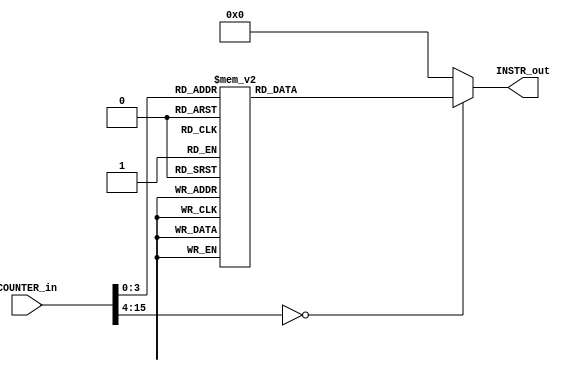
module Computer_ControlUnit_InstructionMemory(
	output reg [WORD_WIDTH-1:0] INSTR_out,
	input [WORD_WIDTH-1:0] COUNTER_in
	);
parameter WORD_WIDTH = 16;
parameter DR_WIDTH = 3;
parameter SB_WIDTH = DR_WIDTH;
parameter SA_WIDTH = DR_WIDTH;
parameter OPCODE_WIDTH = 7;
parameter CNTRL_WIDTH = DR_WIDTH+SB_WIDTH+SA_WIDTH+11;
parameter COUNTER_WIDTH = 4;
always@(COUNTER_in)
	begin
		case(COUNTER_in)
			16'h0000: INSTR_out = 16'b100_1100_000_000_011; 
			16'h0001: INSTR_out = 16'b100_1100_001_000_111; 
			16'h0002: INSTR_out = 16'b000_0000_010_000_XXX; 
			16'h0003: INSTR_out = 16'b000_1100_011_XXX_001; 
			16'h0004: INSTR_out = 16'b000_0010_100_000_001; 
			16'h0005: INSTR_out = 16'b000_0101_101_011_100; 
			16'h0006: INSTR_out = 16'b110_0000_000_101_011; 
			16'h0007: INSTR_out = 16'b110_0001_000_101_011; 
			16'h000A: INSTR_out = 16'b111_0000_110_000_001; 
			default: INSTR_out = 16'b0;
		endcase
	end
endmodule